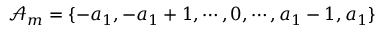
\mathcal { A } _ { m } = \{ - a _ { 1 } , - a _ { 1 } + 1 , \cdots , 0 , \cdots , a _ { 1 } - 1 , a _ { 1 } \}